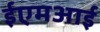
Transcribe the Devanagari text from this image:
ईएमअाई